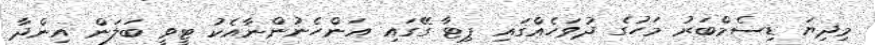
މިދިޔަ ޑިސެމްބަރު މަހުގެ ދުވަހެއްގައި ޕިޓާ ގޭގައި އަންހެނުންނާއެކު ޓީވީ ބަލަން އިންދާ